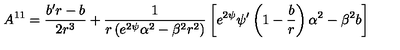
A ^ { 1 1 } = \frac { b ^ { \prime } r - b } { 2 r ^ { 3 } } + \frac { 1 } { r \left( e ^ { 2 \psi } \alpha ^ { 2 } - \beta ^ { 2 } r ^ { 2 } \right) } \left[ e ^ { 2 \psi } \psi ^ { \prime } \left( 1 - \frac { b } { r } \right) \alpha ^ { 2 } - \beta ^ { 2 } b \right]